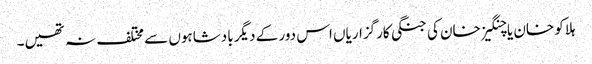
ہلاکو خان یا چنگیز خان کی جنگی کارگزاریاں اس دور کے دیگر بادشاہوں سے مختلف نہ تھیں۔